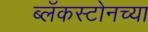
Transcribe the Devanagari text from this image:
ब्लॅकस्टोनच्या